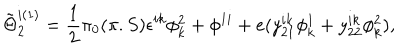
\tilde { \Theta } _ { 2 } ^ { i ( 1 ) } = { \frac { 1 } { 2 } } \pi _ { 0 } ( \pi . S ) \epsilon ^ { i k } \phi _ { k } ^ { 2 } + \phi ^ { 1 i } + e ( y _ { 2 1 } ^ { i k } \phi _ { k } ^ { 1 } + y _ { 2 2 } ^ { i k } \phi _ { k } ^ { 2 } ) ,